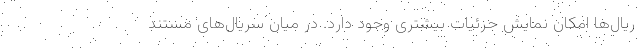
ریال‌ها امکان نمایش جزئیات بیشتری وجود دارد. در میان سریال‌های مستند